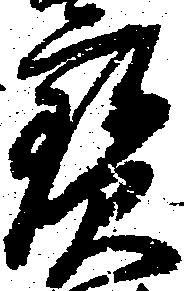
宝